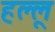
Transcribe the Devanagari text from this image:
हल्लू